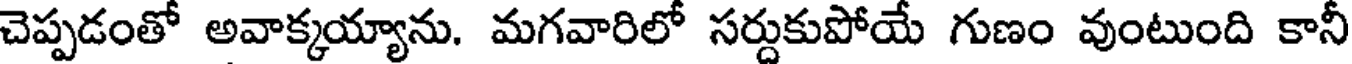
చెప్పడంతో అవాక్కయ్యాను. మగవారిలో సర్దుకుపోయే గుణం వుంటుంది కానీ